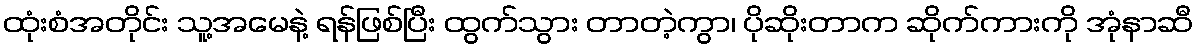
ထုံးစံအတိုင်း သူ့အမေနဲ့ ရန်ဖြစ်ပြီး ထွက်သွား တာတဲ့ကွာ၊ ပိုဆိုးတာက ဆိုက်ကားကို အုံနာဆီ